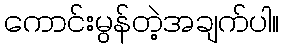
ကောင်းမွန်တဲ့အချက်ပါ။